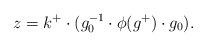
LaTeX: \begin{align*}z =k^+\cdot (g_0^{-1}\cdot \phi(g^+) \cdot g_0).\end{align*}